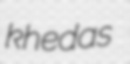
khedas